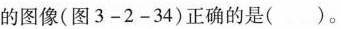
的图像(图3-2-34)正确的是()。